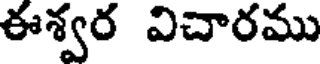
ఈశ్వర విచారము